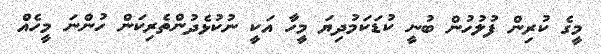
މީގެ ކުރިން ފުލުހުން ބުނީ ކުޑަކަމުދިޔަ މީހާ އަކީ ނުކުޅެދުންތެރިކަން ހުންނަ މީހެއް